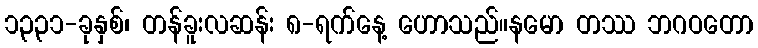
၁၃၃၁-ခုနှစ်၊ တန်ခူးလဆန်း ၈-ရက်နေ့ ဟောသည်။နမော တဿ ဘဂဝတော